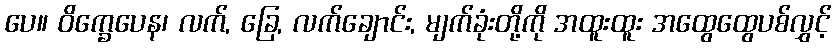
ပေ။ ဝိက္ခေပေန၊ လက်, ခြေ, လက်ချောင်း, မျက်ခုံးတို့ကို အထူးထူး အထွေထွေပစ်လွှင့်